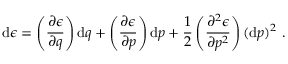
\mathrm { d } \epsilon = \left( \frac { \partial \epsilon } { \partial q } \right) \mathrm { d } q + \left( \frac { \partial \epsilon } { \partial p } \right) \mathrm { d } p + \frac { 1 } { 2 } \left( \frac { \partial ^ { 2 } \epsilon } { \partial p ^ { 2 } } \right) ( \mathrm { d } p ) ^ { 2 } \mathrm { ~ . ~ }